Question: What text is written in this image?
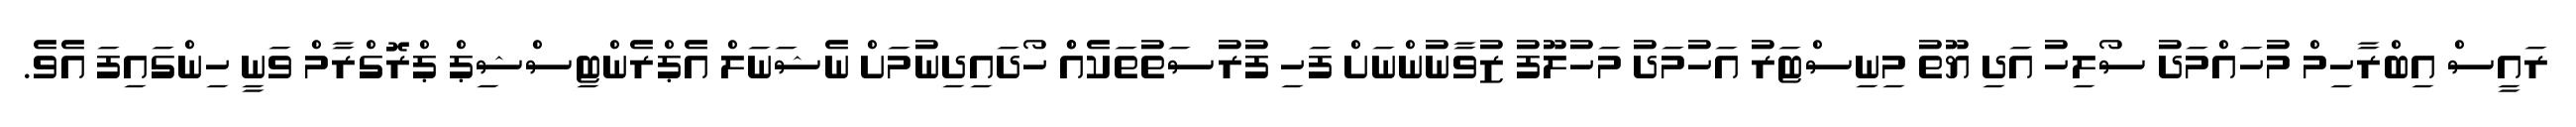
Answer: ރައީސް އިބްރާހިމް މުހައްމަދު ސޯލިހު އަދި ޔޫތު މިނިސްޓަރު އަހުމަދު މަހުލޫފު ޒުވާނުންނަށް ފަހި ފުރުސަތުތަކެއްް ހޯދައިދިނުމަށް ނެޝަނަލް އެޕްރެންޓިސްޝިޕް ޕްރޮގްރާމް ވަނީ ހިންގައިފަ އެވެ.